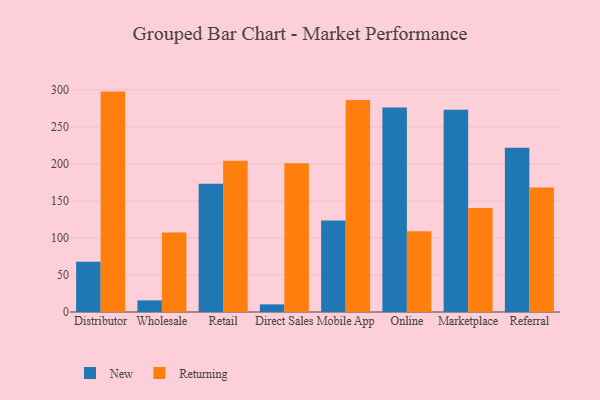
{"axis": {"x": "Channel", "y": "Backlog"}, "legend": ["New", "Returning"], "data": [{"x": "Distributor", "y": 67.9, "type": "New"}, {"x": "Distributor", "y": 297.5, "type": "Returning"}, {"x": "Wholesale", "y": 15.7, "type": "New"}, {"x": "Wholesale", "y": 107.3, "type": "Returning"}, {"x": "Retail", "y": 173.0, "type": "New"}, {"x": "Retail", "y": 204.2, "type": "Returning"}, {"x": "Direct Sales", "y": 10.3, "type": "New"}, {"x": "Direct Sales", "y": 200.7, "type": "Returning"}, {"x": "Mobile App", "y": 123.5, "type": "New"}, {"x": "Mobile App", "y": 286.1, "type": "Returning"}, {"x": "Online", "y": 276.1, "type": "New"}, {"x": "Online", "y": 109.1, "type": "Returning"}, {"x": "Marketplace", "y": 272.9, "type": "New"}, {"x": "Marketplace", "y": 140.4, "type": "Returning"}, {"x": "Referral", "y": 221.7, "type": "New"}, {"x": "Referral", "y": 168.2, "type": "Returning"}]}